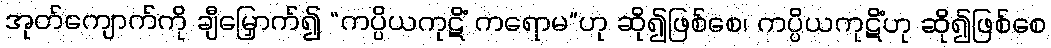
အုတ်ကျောက်ကို ချီမြှောက်၍ “ကပ္ပိယကုဋိံ ကရောမ”ဟု ဆို၍ဖြစ်စေ၊ ကပ္ပိယကုဋိံဟု ဆို၍ဖြစ်စေ